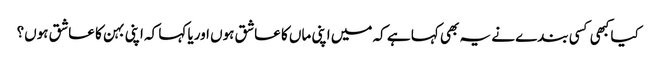
کیا کبھی کسی بندے نے یہ بھی کہا ہے کہ میں اپنی ماں کا عاشق ہوں اوریا کہا کہ اپنی بہن کا عاشق ہوں؟